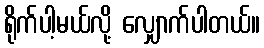
ရိုက်ပါ့မယ်လို့ လျှောက်ပါတယ်။